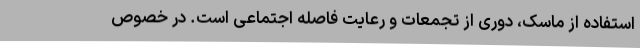
استفاده از ماسک، دوری از تجمعات و رعایت فاصله اجتماعی است. در خصوص